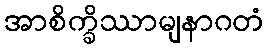
အာစိက္ခိဿာမျနာဂတံ